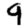
Digit: 9